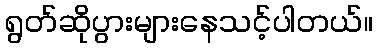
ရွတ်ဆိုပွားများနေသင့်ပါတယ်။